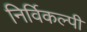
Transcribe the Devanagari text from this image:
निर्विकल्पी